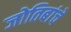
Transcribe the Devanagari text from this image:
जोतिबांचे